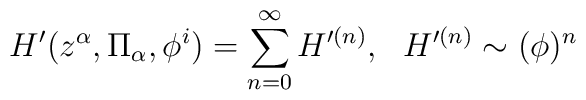
H^{\prime} (z^{\alpha}, \Pi_{\alpha}, \phi^{i}) = \sum_{n=0}^{\infty} H^{\prime(n)},{}~~H^{\prime (n)} \sim (\phi)^{n}